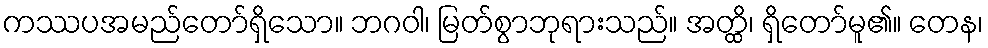
ကဿပအမည်တော်ရှိသော။ ဘဂဝါ၊ မြတ်စွာဘုရားသည်။ အတ္ထိ၊ ရှိတော်မူ၏။ တေန၊